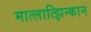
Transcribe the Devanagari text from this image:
मात्लात्झिन्कान